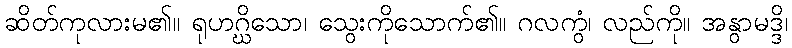
ဆိတ်ကုလားမ၏။ ရုဟဂ္ဃိသော၊ သွေးကိုသောက်၏။ ဂလကွံ၊ လည်ကို။ အနွာမဒ္ဒိ၊